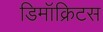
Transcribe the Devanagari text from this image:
डिमॉक्रिटस